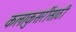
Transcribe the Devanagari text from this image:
कलाकुसरींसाठी